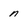
Character: n